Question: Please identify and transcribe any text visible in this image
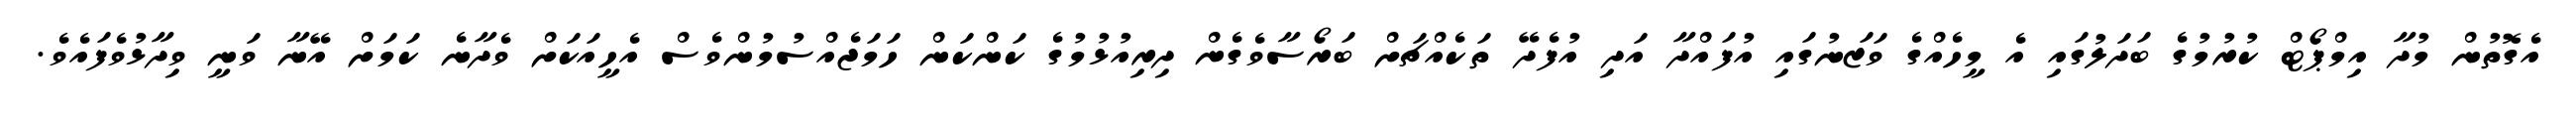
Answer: އެގޮތުން މުދާ އިމްޕޯޓް ކުރުމުގެ ބަދަލުގައި އެ މީހެއްގެ ވަޒަނުގައި އުފައްދާ އަދި އުފެދޭ ތަކެއްޗަށް ބަރޯސާވެގެން ދިރިއުޅުމުގެ ކަންކަން ހަމަޖެއްސުމުންވެސް އެހީއަކަށް ވެދާނެ ކަމަށް އޭނާ ވަނީ ވިދާޅުވެފައެވެ.